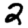
Digit: 2